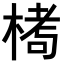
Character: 𪲶